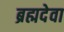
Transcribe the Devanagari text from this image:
ब्रह्मदेवा